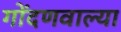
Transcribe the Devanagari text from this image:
गोंदणवाल्या